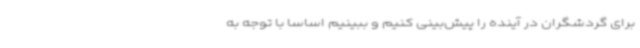
برای گردشگران در آینده را پیش‌بینی کنیم و ببینیم اساسا با توجه به